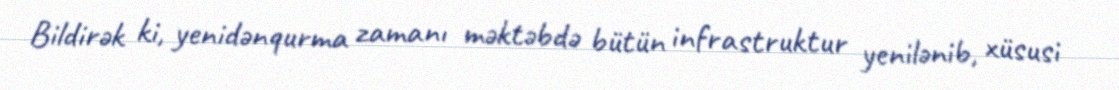
Bildirək ki, yenidənqurma zamanı məktəbdə bütün infrastruktur yenilənib, xüsusi